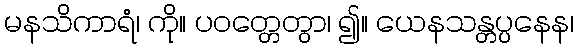
မနသိကာရံ၊ ကို။ ပဝတ္တေတွာ၊ ၍။ ယေနသန္တပ္ပနေန၊